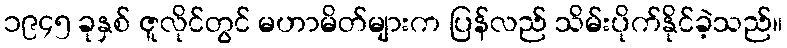
၁၉၄၅ ခုနှစ် ဇူလိုင်တွင် မဟာမိတ်များက ပြန်လည် သိမ်းပိုက်နိုင်ခဲ့သည်။